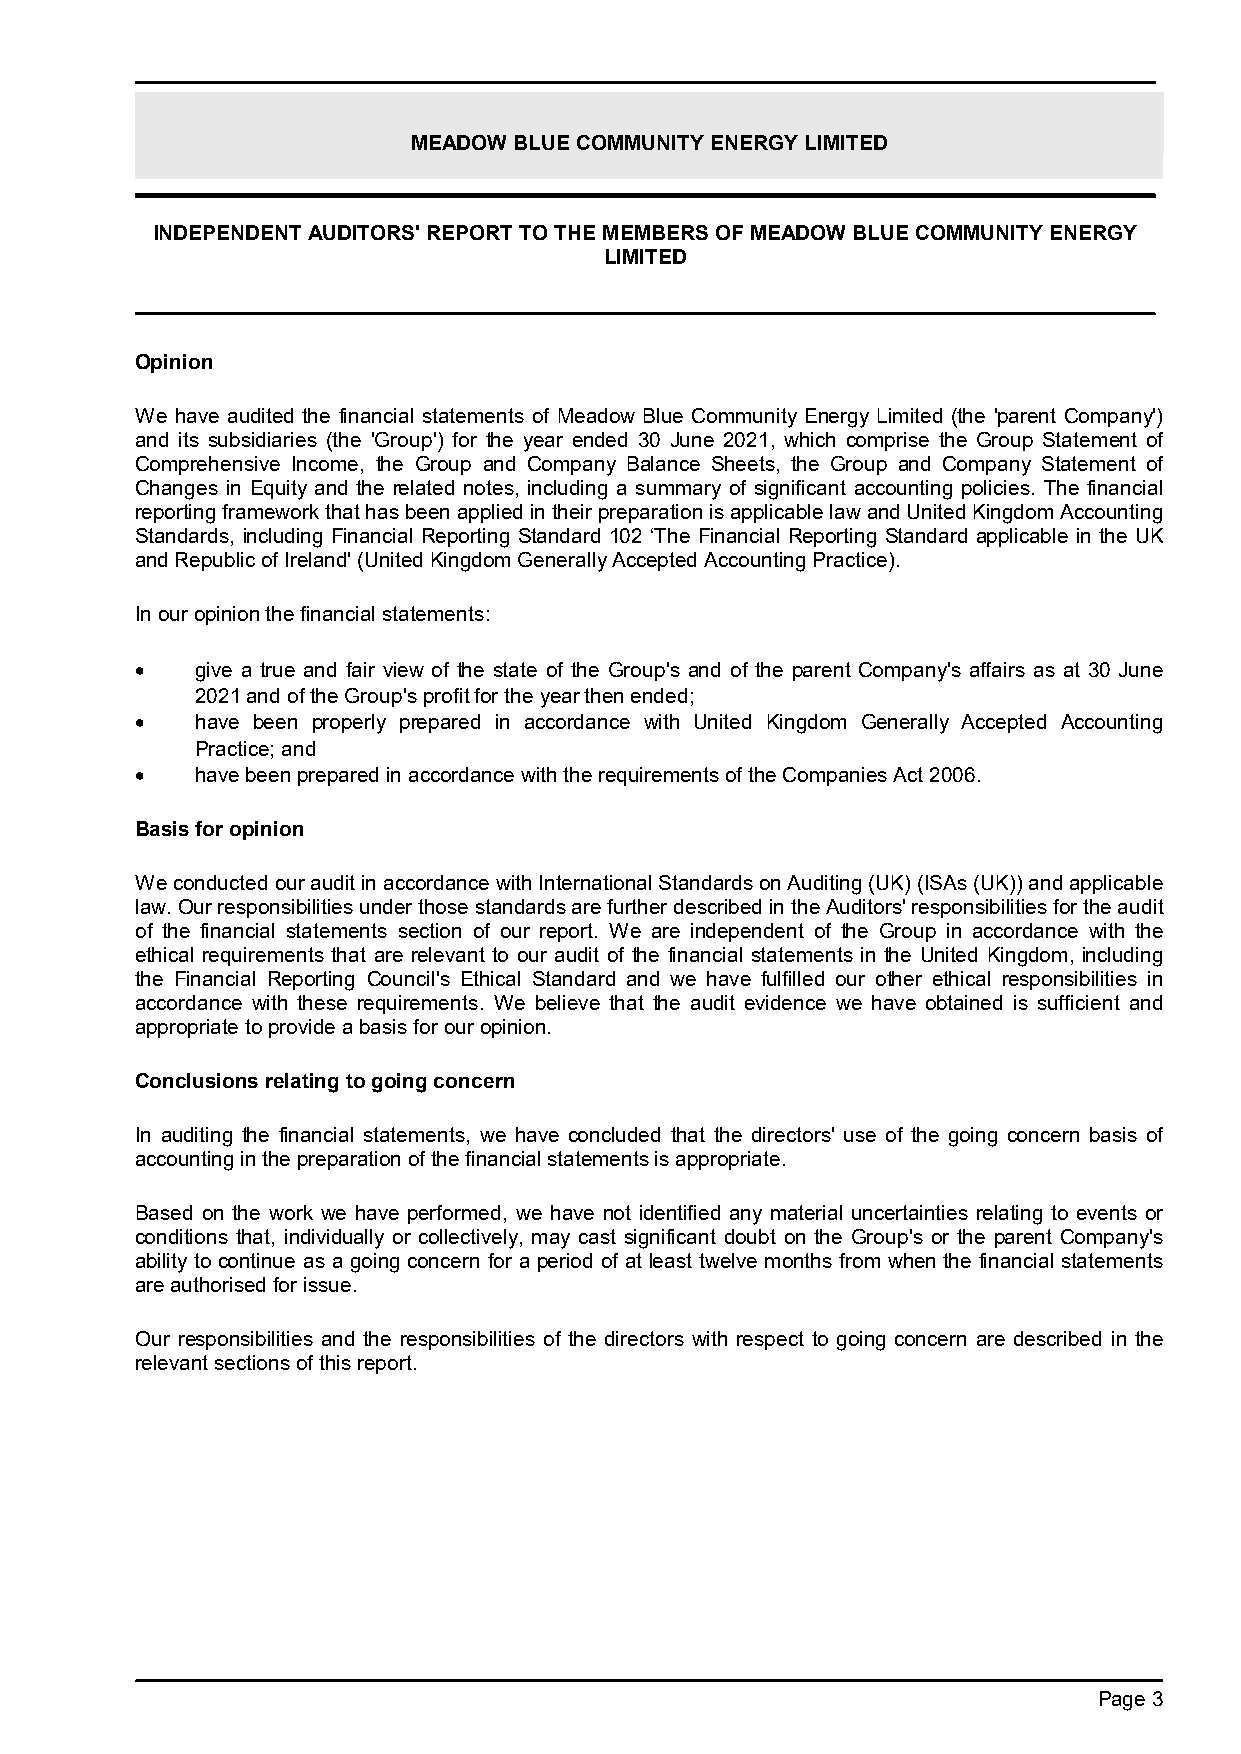
MEADOW BLUE COMMUNITY ENERGY LIMITED
 INDEPENDENT AUDITORS' REPORT TO THE MEMBERS OF MEADOW BLUE COMMUNITY ENERGY
 LIMITED
 Opinion
 We have audited the financial statements of Meadow Blue Community Energy Limited (the 'parent Company')
 and its subsidiaries (the 'Group') for the year ended 30 June 2021, which comprise the Group Statement of
 Comprehensive Income, the Group and Company Balance Sheets, the Group and Company Statement of
 Changes in Equity and the related notes, including a summary of significant accounting policies. The financial
 reporting framework that has been applied in their preparation is applicable lawand United Kingdom Accounting
 Standards, including Financial Reporting Standard 102 ‘The Financial Reporting Standard applicable in the UK
 and Republic of Ireland' (United Kingdom Generally Accepted Accounting Practice).
 In our opinion the financial statements:
    give a true and fair view of the state of the Group's and of the parent Company's affairs as at 30 June
 2021 and of the Group'sprofit for the year then ended;
    have been properly prepared in accordance with United Kingdom Generally Accepted Accounting
 Practice; and
    have been prepared in accordance with the requirements of the Companies Act 2006.
 Basis for opinion
 We conducted our audit in accordance with International Standards on Auditing (UK) (ISAs (UK)) and applicable
 law. Our responsibilities under those standards are further described in the Auditors' responsibilities for the audit
 of the financial statements section of our report. We are independent of the Group in accordance with the
 ethical requirements that are relevant to our audit of the financial statements in the United Kingdom, including
 the Financial Reporting Council's Ethical Standard and we have fulfilled our other ethical responsibilities in
 accordance with these requirements. We believe that the audit evidence we have obtained is sufficient and
 appropriate to provide a basis for our opinion.
 Conclusions relating to going concern
 In auditing the financial statements, we have concluded that the directors' use of the going concern basis of
 accounting in the preparation of the financial statements is appropriate.
 Based on the work we have performed, we have not identified any material uncertainties relating to events or
 conditions that, individually or collectively, may cast significant doubt on the Group's or the parent Company's
 ability to continue as a going concern for a period of at least twelve months from when the financial statements
 are authorised for issue.
 Our responsibilities and the responsibilities of the directors with respect to going concern are described in the
 relevant sections of this report.
 Page 3